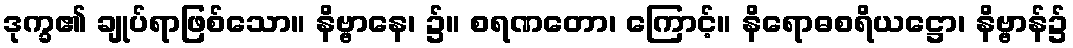
ဒုက္ခ၏ ချုပ်ရာဖြစ်သော။ နိဗ္ဗာနေ၊ ၌။ စရဏတော၊ ကြောင့်။ နိရောဓစရိယဋ္ဌော၊ နိဗ္ဗာန်၌